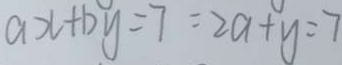
a x + b y = 7 = 2 a + y = 7